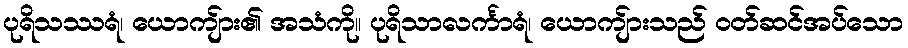
ပုရိသဿရံ၊ ယောကျ်ား၏ အသံကို။ ပုရိသာလင်္ကာရံ၊ ယောကျ်ားသည် ဝတ်ဆင်အပ်သော